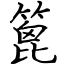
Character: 篦